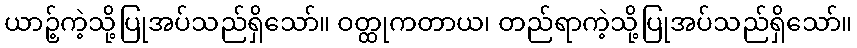
ယာဉ့်ကဲ့သို့ပြုအပ်သည်ရှိသော်။ ဝတ္ထုကတာယ၊ တည်ရာကဲ့သို့ပြုအပ်သည်ရှိသော်။